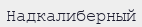
Надкалиберный